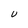
Character: U